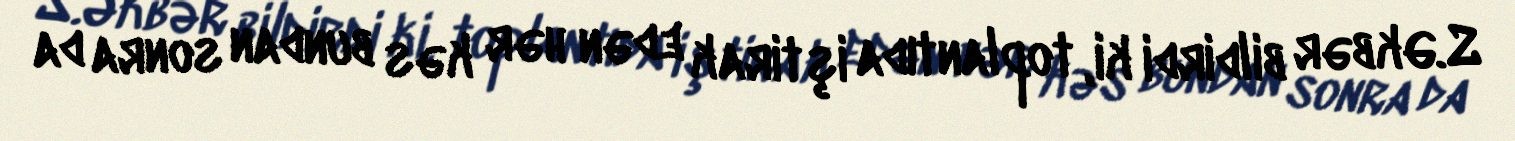
S.Əkbər bildirdi ki, toplantıda iştirak edən hər kəs bundan sonra da